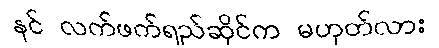
နင် လက်ဖက်ရည်ဆိုင်က မဟုတ်လား